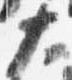
大